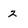
Character: 2